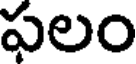
ఫలం